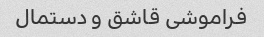
فراموشی قاشق و دستمال